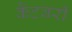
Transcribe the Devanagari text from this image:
कैंटबरी